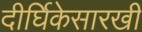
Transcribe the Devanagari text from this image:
दीर्घिकेसारखी